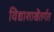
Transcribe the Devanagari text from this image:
विद्याशाखेंतर्गत